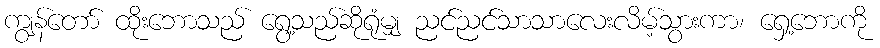
ကျွန်တော် ထိုးဘောသည် ရွေ့သည်ဆိုရုံမျှ ညင်ညင်သာသာလေးလိမ့်သွားကာ၊ ရှေ့ဘောကို